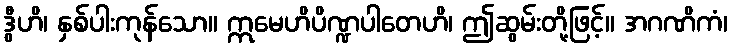
ဒွီဟိ၊ နှစ်ပါးကုန်သော။ ဣမေဟိပိဏ္ဍပါတေဟိ၊ ဤဆွမ်းတို့ဖြင့်။ အဂဏိကံ၊